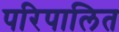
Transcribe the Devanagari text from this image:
परिपालित